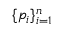
\{ p _ { i } \} _ { i = 1 } ^ { n }